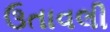
ઉતાવલી